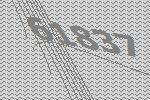
61837